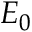
E _ { 0 }